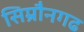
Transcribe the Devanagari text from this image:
सिम्रौनगढ